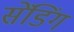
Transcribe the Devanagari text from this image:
सेंडिंग